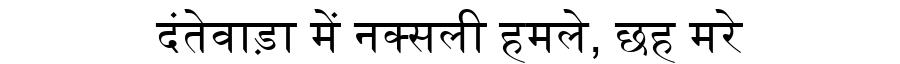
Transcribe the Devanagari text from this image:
दंतेवाड़ा में नक्सली हमले, छह मरे